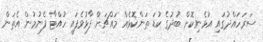
ސަރަހައްދުގައި އުޅެނިކޮށް ބުދުގެ ކުޑަ ތަންކޮޅެއް މައްޗަށް ފާޅުވެފައި ހުއްޓާ ފެނުމުން އެތަން